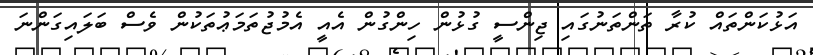
އަޅުކަންތައް ކުރާ ތަންތަނުގައި ޖިންސީ ގުޅުން ހިންގުން އެއީ އެމުޖުތަމަޢުތަކުން ވެސް ބަލައިގަންނަ